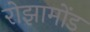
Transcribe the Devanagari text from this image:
रोझामोंड